Scottish Leaving Certificate Examination, 1954
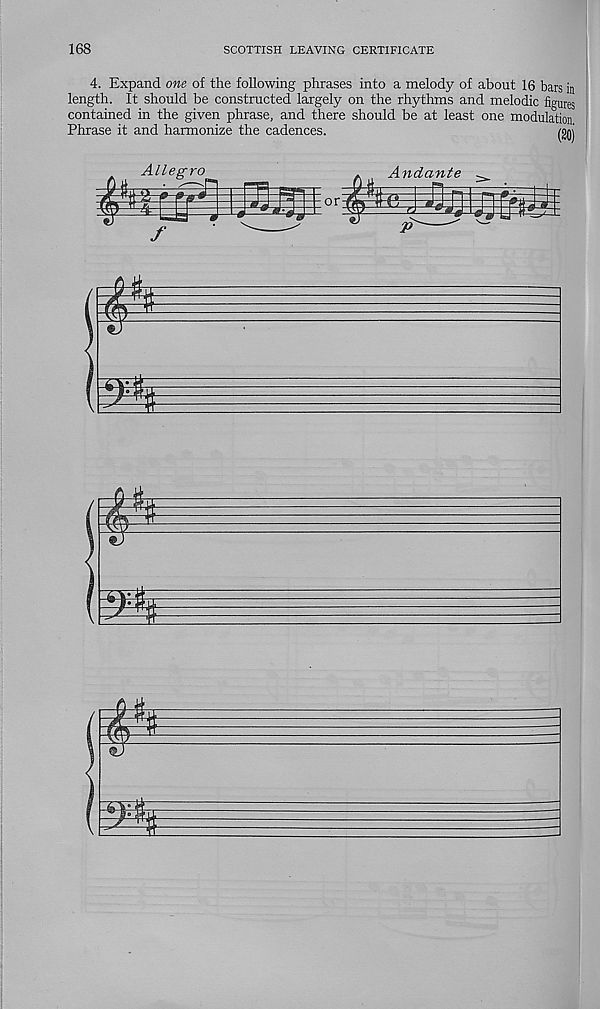
168
SCOTTISH LEAVING CERTIFICATE
4. Expand one of the following phrases into a melody of about 16 bars in
length. It should be constructed largely on the rhythms and melodic figures
contained in the given phrase, and there should be at least one modulation
Phrase it and harmonize the cadences.
fom
Allegro
*
£
£
m
£
3